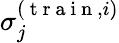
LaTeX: \sigma_{j}^{(\mathrm{~t~r~a~i~n~},i)}